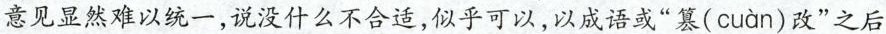
意见显然难以统一，说没什么不合适，似乎可以，以成语或”篡（cuàn）改”之后